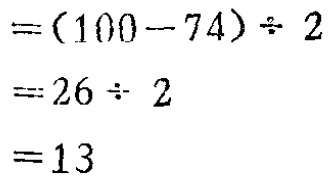
\[

\begin{align*}

&=(100 - 74)\div2\\

&=26\div2\\

&=13

\end{align*}

\]